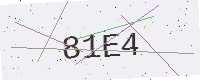
Text: 81E4